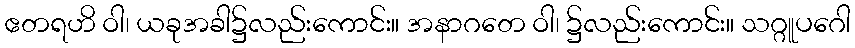
ဧတရဟိ ဝါ၊ ယခုအခါ၌လည်းကောင်း။ အနာဂတေ ဝါ၊ ၌လည်းကောင်း။ သဂ္ဂူပဂေါ